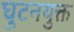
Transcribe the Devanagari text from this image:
घुटनयुक्त